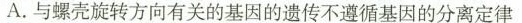
A.与螺壳旋转方向有关的基因的遗传不遵循基因的分离定律